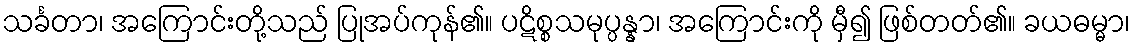
သင်္ခတာ၊ အကြောင်းတို့သည် ပြုအပ်ကုန်၏။ ပဋိစ္စသမုပ္ပန္နာ၊ အကြောင်းကို မှီ၍ ဖြစ်တတ်၏။ ခယဓမ္မာ၊